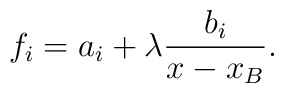
f_i=a_i+\lambda {b_i\over x-x_B}.